Lunatic asylums Madras 1877-1891 - 1877-1891
Year: 1877
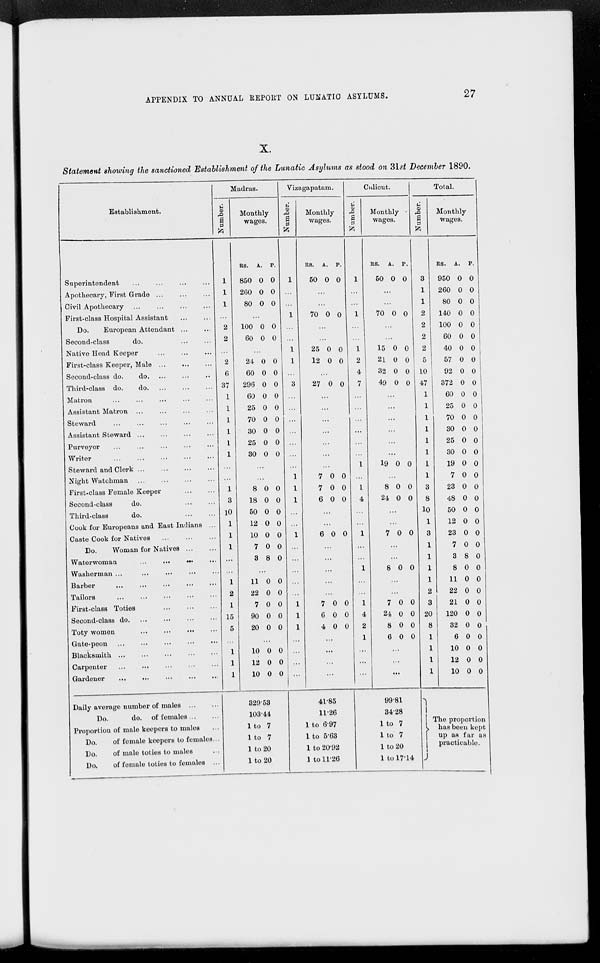
APPENDIX TO ANNUAL REPORT ON LUNATIC ASYLUMS. 27
X.
Statement showing the sanctioned Establishment of the Lunatic Asylums as stood on 31st December 1890.
Establishment.
Superintendent
...
...
...
...
Apothecary, First Grade
...
...
...
Civil Apothecary
...
...
...
First-class Hospital Assistant
...
...
Do.
European Attendant
...
...
Second-class
do.
...
...
Native Head Keeper
...
...
...
First-class Keeper, Male
...
...
...
Second-class do.
do
...
...
...
Third-class do.
do. ... ... ...
Matron ... ... ... ... ...
Assistant Matron
...
...
...
...
Steward
...
...
...
...
...
Assistant Steward
...
...
...
...
Purveyor
...
...
...
...
...
Writer
...
...
...
...
...
Steward and Clerk
...
...
...
...
Night Watchman
...
...
...
...
First-class Female Keeper
...
...
Second-class
do.
...
...
Third-class
do.
...
...
Cook for Europeans and East Indians ...
Caste Cook for Natives
...
...
...
Do.
Woman for Natives
...
...
Waterwoman
...
...
...
...
Washerman ... ... ... ... ...
Barber
...
...
...
...
...
Tailors
...
...
...
...
...
First-class Toties
...
...
...
Second-class do
...
...
...
...
Toty women
...
...
...
...
Gate-peon
...
...
...
...
...
Blacksmith
...
...
...
...
...
Carpenter
...
...
...
...
...
Gardener
...
...
...
...
...
Daily average number of males
...
...
Do.
do. of females ... ...
Proportion of male keepers to males ...
Do.
of female keepers to females ...
Do.
of male toties to males ...
Do.
of female toties to females ...
Madras.
Number.
1
1
1
...
2
2
...
2
6
37
1
1
1
1
1
1
...
...
1
3
10
1
1
1
...
...
1
2
1
15
5
...
1
1
1
Monthly
wages.
Rs.
850
260
80
A.
0
0
0
P.
0
0
0
...
100
60
0
0
0
0
...
24
60
296
60
25
70
30
25
30
0
0
0
0
0
0
0
0
0
0
0
0
0
0
0
0
0
0
...
...
8
18
50
12
10
7
8
0
0
0
0
0
0
8
0
0
0
0
0
0
0
...
11
22
7
90
20
0
0
0
0
0
0
0
0
0
0
...
10
12
10
0
0
0
0
0
0
329.53
103.44
1 to 7
1 to 7
1 to 20
1 to 20
Vizagapatam.
Number.
1
...
...
1
...
...
1
1
...
3
...
...
...
...
...
...
...
1
1
1
...
...
1
...
...
...
...
...
1
1
1
...
...
...
...
Monthly
wages.
Rs.
50
A.
0
P.
0
...
...
70 0 0
...
...
25
12
0
0
0
0
...
27 0 0
...
...
...
...
...
...
...
7
7
6
0
0
0
0
0
0
...
...
6 0 0
...
...
...
...
...
7
6
4
0
0
0
0
0
0
...
...
...
...
41.85
11.26
1 to 6.97
1 to 5.63
1 to 20.92
1 to 11.26
Calicut.
Number.
1
...
...
1
...
...
1
2
4
7
...
...
...
...
...
...
1
...
1
4
...
...
1
...
...
1
...
...
1
4
2
1
...
...
...
Monthly
wages.
Rs.
50
A.
0
P.
0
...
...
70 0 0
...
...
15
21
32
49
0
0
0
0
0
0
0
0
...
...
...
...
...
...
19 0 0
...
8
24
0
0
0
0
...
...
7 0 0
...
...
8 0 0
...
...
7
24
8
6
0
0
0
0
0
0
0
0
...
...
...
99.81
34.28
1 to 7
1 to 7
1 to 20
1 to 17.14
Total.
Number.
3
1
1
2
2
2
2
5
10
47
1
1
1
1
1
1
1
1
3
8
10
1
3
1
1
1
1
2
3
20
8
1
1
1
1
Monthly
wages.
Rs.
950
260
80
140
100
60
40
57
92
372
60
25
70
30
25
30
19
7
23
48
50
12
23
7
3
8
11
22
21
120
32
6
10
12
10
A.
0
0
0
0
0
0
0
0
0
0
0
0
0
0
0
0
0
0
0
0
0
0
0
0
8
0
0
0
0
0
0
0
0
0
0
P.
0
0
0
0
0
0
0
0
0
0
0
0
0
0
0
0
0
0
0
0
0
0
0
0
0
0
0
0
0
0
0
0
0
0
0
The proportion
has been kept
up as far as
practicable.